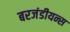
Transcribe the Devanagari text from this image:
बरजंडीयन्स